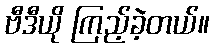
ဗီဒီယို ကြည့်ခဲ့တယ်။